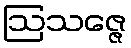
ဩသဇ္ဇေ